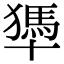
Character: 𠧀